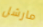
مارشل